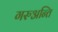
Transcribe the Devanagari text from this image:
गरुअन्ति